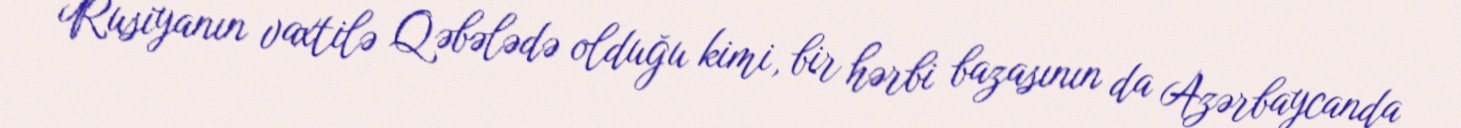
Rusiyanın vaxtilə Qəbələdə olduğu kimi, bir hərbi bazasının da Azərbaycanda